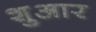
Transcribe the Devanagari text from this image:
शुआर